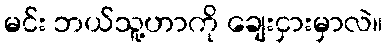
မင်း ဘယ်သူ့ဟာကို ချေးငှားမှာလဲ။